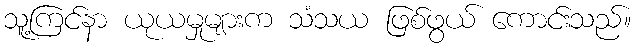
သူ့ကြင်နာ ယုယမှုများက သံသယ ဖြစ်ဖွယ် ကောင်းသည်။